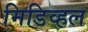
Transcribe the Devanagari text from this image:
मिडिव्हल